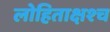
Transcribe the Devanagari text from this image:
लोहिताक्षश्च